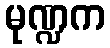
မုဏ္ဍက